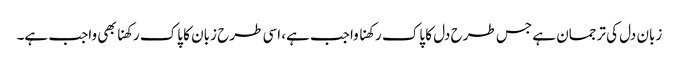
زبان دل کی ترجمان ہے جس طرح دل کا پاک رکھنا واجب ہے، اسی طرح زبان کا پاک رکھنا بھی واجب ہے۔